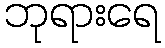
ဘုရားရေ